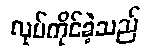
လုပ်ကိုင်ခဲ့သည်